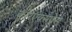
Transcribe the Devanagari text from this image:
कोरएक्सप्रेस